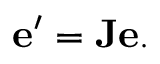
\mathbf { e ^ { \prime } } = \mathbf { J } \mathbf { e } .